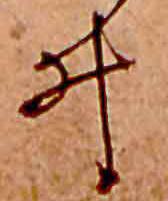
ゐ